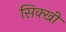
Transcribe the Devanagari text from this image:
सिक्खी